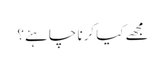
مجھے کیا کرنا چاہئے؟